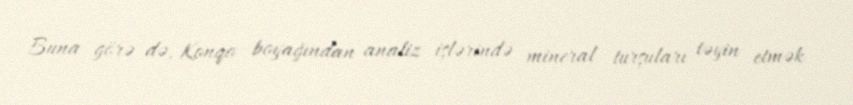
Buna görə də, Konqo boyağından analiz işlərində mineral turşuları təyin etmək